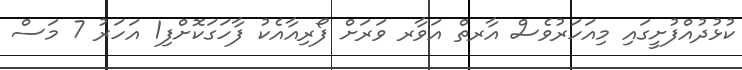
ކުޅުދުއްފުށީގައި މިއަހަރުވެސް އާރތް އަވާރ ވަރަށް ފޯރިއާއެކު ފާހަގަކޮށްފި1 އަހަރު 7 މަސް